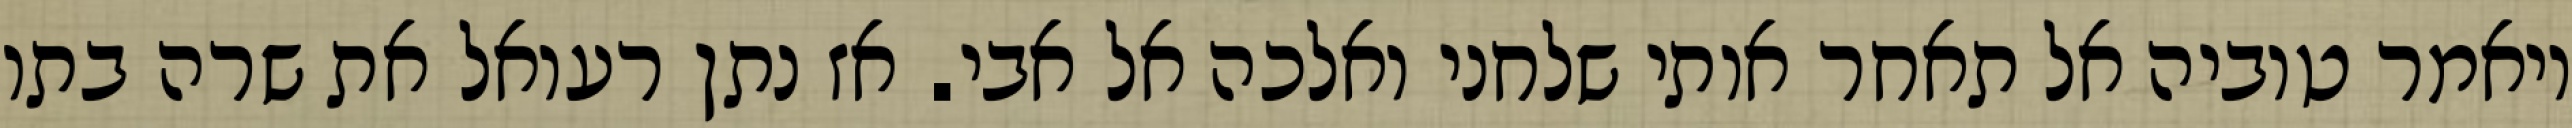
ויאמר טוביה אל תאחר אותי שלחני ואלכה אל אבי. אז נתן רעואל את שרה בתו